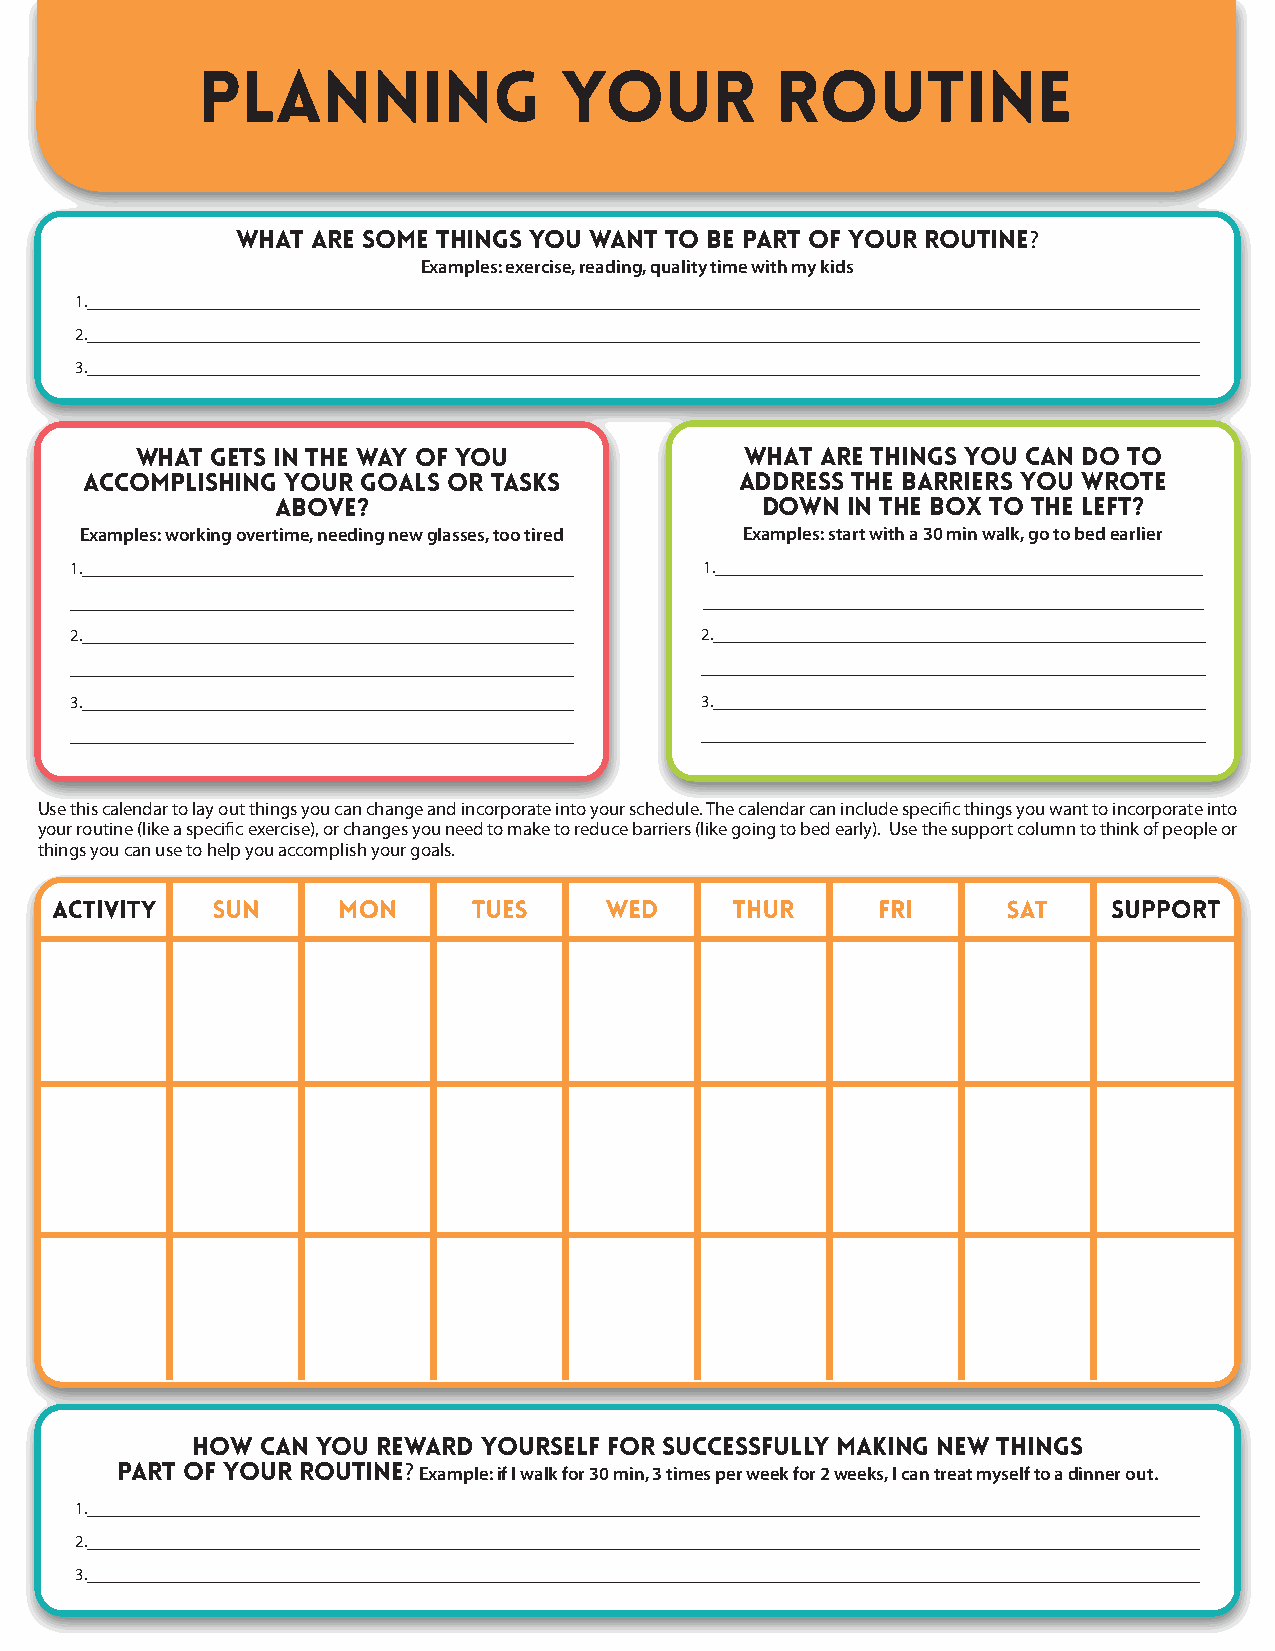
what are some things you want to be part of your routine?
 Examples: exercise, reading, quality time with my kids
 1._________________________________________________________________________________________
 2._________________________________________________________________________________________
 3._________________________________________________________________________________________
 What gets in the way of you             What are things you can do to
 accomplishing your goals or tasks           address the barriers you wrote
 above?                          down  in the box to the LEFt?
 Examples: working overtime, needing new glasses, too tired Examples: start with a 30 min walk, go to bed earlier
 1._______________________________________ 1._______________________________________
 ________________________________________  ________________________________________
 2._______________________________________ 2._______________________________________
 ________________________________________ ________________________________________
 3._______________________________________ 3._______________________________________
 ________________________________________ ________________________________________
 Use this calendar to lay out things you can change and incorporate into your schedule. The calendar can include specific things you want to incorporate into
 your routine (like a specific exercise), or changes you need to make to reduce barriers (like going to bed early). Use the support column to think of people or
 things you can use to help you accomplish your goals.
 how can you reward yourself for successfully making new things
 part of your routine? Example: if I walk for 30 min, 3 times per week for 2 weeks, I can treat myself to a dinner out.
 1._________________________________________________________________________________________
 2._________________________________________________________________________________________
 3._________________________________________________________________________________________